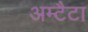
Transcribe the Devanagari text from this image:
अम्टैटा